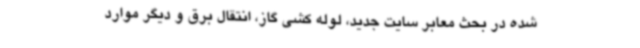
شده در بحث معابر سایت جدید، لوله کشی گاز، انتقال برق و دیگر موارد